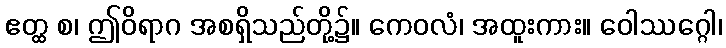
ဧတ္ထ စ၊ ဤဝိရာဂ အစရှိသည်တို့၌။ ကေဝလံ၊ အထူးကား။ ဝေါဿဂ္ဂေါ၊